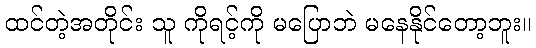
ထင်တဲ့အတိုင်း သူ ကိုရင့်ကို မပြောဘဲ မနေနိုင်တော့ဘူး။